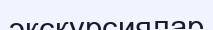
экскурсиялар